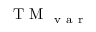
\mathrm { ~ T ~ M ~ } _ { \mathrm { ~ v ~ a ~ r ~ } }